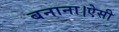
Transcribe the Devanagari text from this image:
बनाना।ऐसी